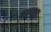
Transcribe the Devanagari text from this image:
वाक्यम्।